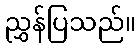
ညွှန်ပြသည်။